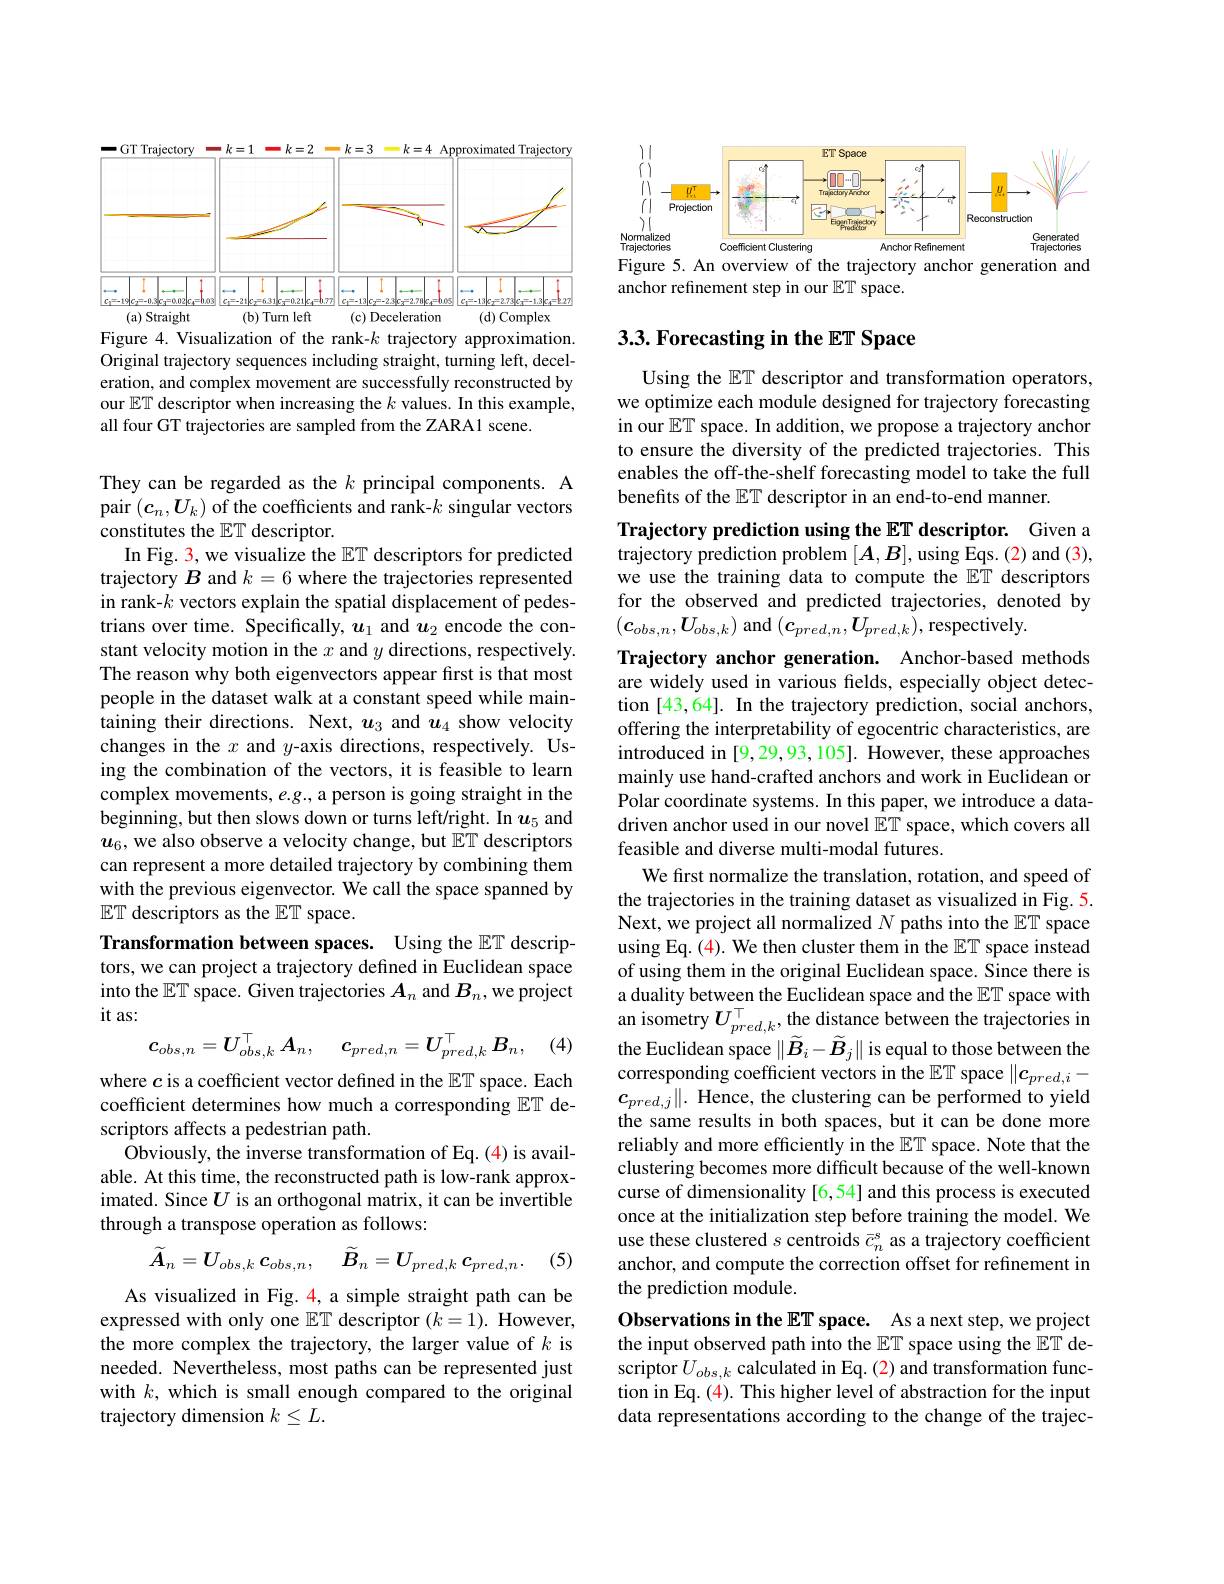
<FigureHere>

Figure 4. Visualization of the rank-$k$ trajectory approximation. Original trajectory sequences including straight, turning left, deceleration, and complex movement are successfully reconstructed by our $\mathbb{E}\mathbb{T}$ descriptor when increasing the $k$ values. In this example, all four GT trajectories are sampled from the ZARA1 scene.

They can be regarded as the $k$ principal components. A pair $(\boldsymbol{c}_n,\boldsymbol{U}_k)$ of the coefficients and rank-$k$ singular vectors constitutes the ET descriptor.
In Fig. 3, we visualize the $\mathbb{ET}$ descriptors for predicted trajectory $B$ and $k=6$ where the trajectories represented in rank-$k$ vectors explain the spatial displacement of pedestrians over time. Specifically, $u_1$ and $u_2$ encode the constant velocity motion in the $x$ and $y$ directions, respectively. The reason why both eigenvectors appear first is that most people in the dataset walk at a constant speed while maintaining their directions. Next, $u_3$ and $u_4$ show velocity changes in the $x$ and $y$-axis directions, respectively. Using the combination of the vectors, it is feasible to learn complex movements, e.g., a person is going straight in the beginning, but then slows down or turns left/right. In $\boldsymbol u_5$ and $u_6$, we also observe a velocity change, but $\mathbb{E}\mathbb{T}$ descriptors can represent a more detailed trajectory by combining them with the previous eigenvector. We call the space spanned by $\mathbb{ET}$ descriptors as the $\mathbb{ET}$ space.
Transformation between spaces. Using the $\mathbb{E}T$ descrip-

tors, we can project a trajectory defined in Euclidean space into the $\mathbb{E}\mathbb{T}$ space. Given trajectories $A_n$ and $B_n$,we project it as:
$$c_{obs,n}=U_{obs,k}^\top A_n,\quad c_{pred,n}=U_{pred,k}^\top B_n,$$
(4)

where $c$ is a coefficient vector defined in the $\mathbb{E}\mathbb{T}$ space. Each coefficient determines how much a corresponding $\mathbb{ET}$ descriptors affects a pedestrian path.
Obviously, the inverse transformation of Eq. (4) is available. At this time, the reconstructed path is low-rank approximated. Since $U$ is an orthogonal matrix, it can be invertible through a transpose operation as follows:
$$\tilde{A}_{n}=U_{obs,k}\:c_{obs,n},\quad\widetilde{B}_{n}=U_{pred,k}\:c_{pred,n}.$$
(5)

As visualized in Fig. 4, a simple straight path can be expressed with only one $\mathbb{E}\mathbb{T}$ descriptor $(k=1).$ However, the more complex the trajectory, the larger value of $k$ is needed. Nevertheless, most paths can be represented just with $k$, which is small enough compared to the original trajectory dimension $k\leq L.$

<FigureHere>
Figure 5. An overview of the trajectory anchor generation and

anchor refinement step in our ET space.

## 3.3. Forecasting in the ET Space

Using the $\mathbb{E}\mathbb{T}$ descriptor and transformation operators, we optimize each module designed for trajectory forecasting in our $\mathbb{E}\mathbb{T}$ space. In addition, we propose a trajectory anchor to ensure the diversity of the predicted trajectories. This enables the off-the-shelf forecasting model to take the full benefits of the $\mathbb{E}\mathbb{T}$ descriptor in an end-to-end manner.

Trajectory prediction using the ET descriptor. Given a trajectory prediction problem $[A,B]$, using Eqs. (2) and (3), we use the training data to compute the ET descriptors for the observed and predicted trajectories, denoted by $(\boldsymbol{c}_{obs,n},\boldsymbol{U}_{obs,k})$ and $(\boldsymbol{c}_{pred,n},\boldsymbol{U}_{pred,k})$, respectively.
Trajectory anchor generation. Anchor-based methods are widely used in various fields, especially object detection [43,64]. In the trajectory prediction, social anchors, offering the interpretability of egocentric characteristics, are introduced in [9,29,93,105]. However, these approaches mainly use hand-crafted anchors and work in Euclidean or Polar coordinate systems. In this paper, we introduce a datadriven anchor used in our novel $\mathbb{E}\mathbb{T}$ space, which covers all feasible and diverse multi-modal futures.
We first normalize the translation, rotation, and speed of the trajectories in the training dataset as visualized in Fig. 5. Next, we project all normalized $N$ paths into the ET space using Eq. (4). We then cluster them in the $\mathbb{E}\mathbb{T}$ space instead of using them in the original Euclidean space. Since there is a duality between the Euclidean space and the $\mathbb{E}T$ space with an isometry $U_pred,k^\top$, the distance between the trajectories in the Euclidean space $\|\widetilde{B}_i-\widetilde{B}_j\|$ is equal to those between the corresponding coefficient vectors in the $\mathbb{E}\mathbb{T}$ space $\|\boldsymbol c_{pred,i}-$ $c_{pred,j}\|.$ Hence, the clustering can be performed to yield the same results in both spaces, but it can be done more reliably and more efficiently in the $\mathbb{E}\mathbb{T}$ space. Note that the clustering becomes more difficult because of the well-known curse of dimensionality [6,54] and this process is executed once at the initialization step before training the model. We use these clustered $s$ centroids $\bar{c}_n^\mathrm{s}$ as a trajectory coefficient anchor, and compute the correction offset for refinement in the prediction module.
Observations in the ET space. As a next step, we project the input observed path into the $\mathbb{E}\mathbb{T}$ space using the ET descriptor $U_{obs,k}$ calculated in Eq. (2) and transformation func-

tion in Eq. (4). This higher level of abstraction for the input data representations according to the change of the trajec-